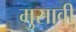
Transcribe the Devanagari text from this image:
मुसावी